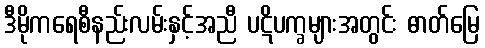
ဒီမိုကရေစီနည်းလမ်းနှင့်အညီ ပဋိပက္ခများအတွင်း ဓာတ်မြေ